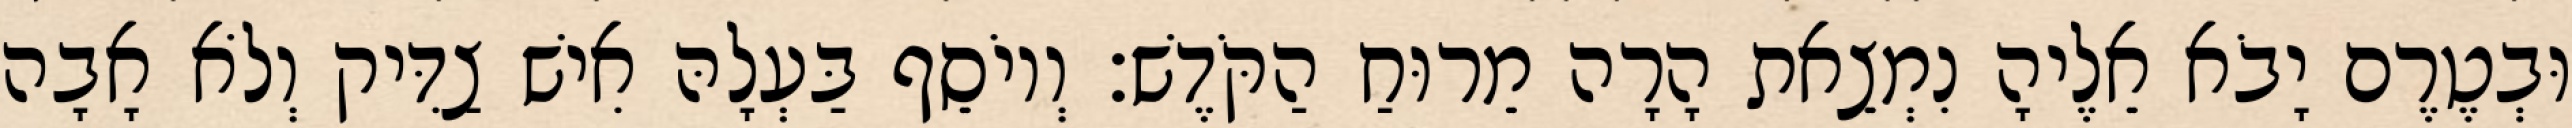
וּבְטֶרֶם יָבֹא אֵלֶיהָ נִמְצֵאת הָרָה מֵרוּחַ הַקֹּדֶשׁ׃ וְיוֹסֵף בַּעְלָהּ אִישׁ צַדִּיק וְלֹא אָבָה